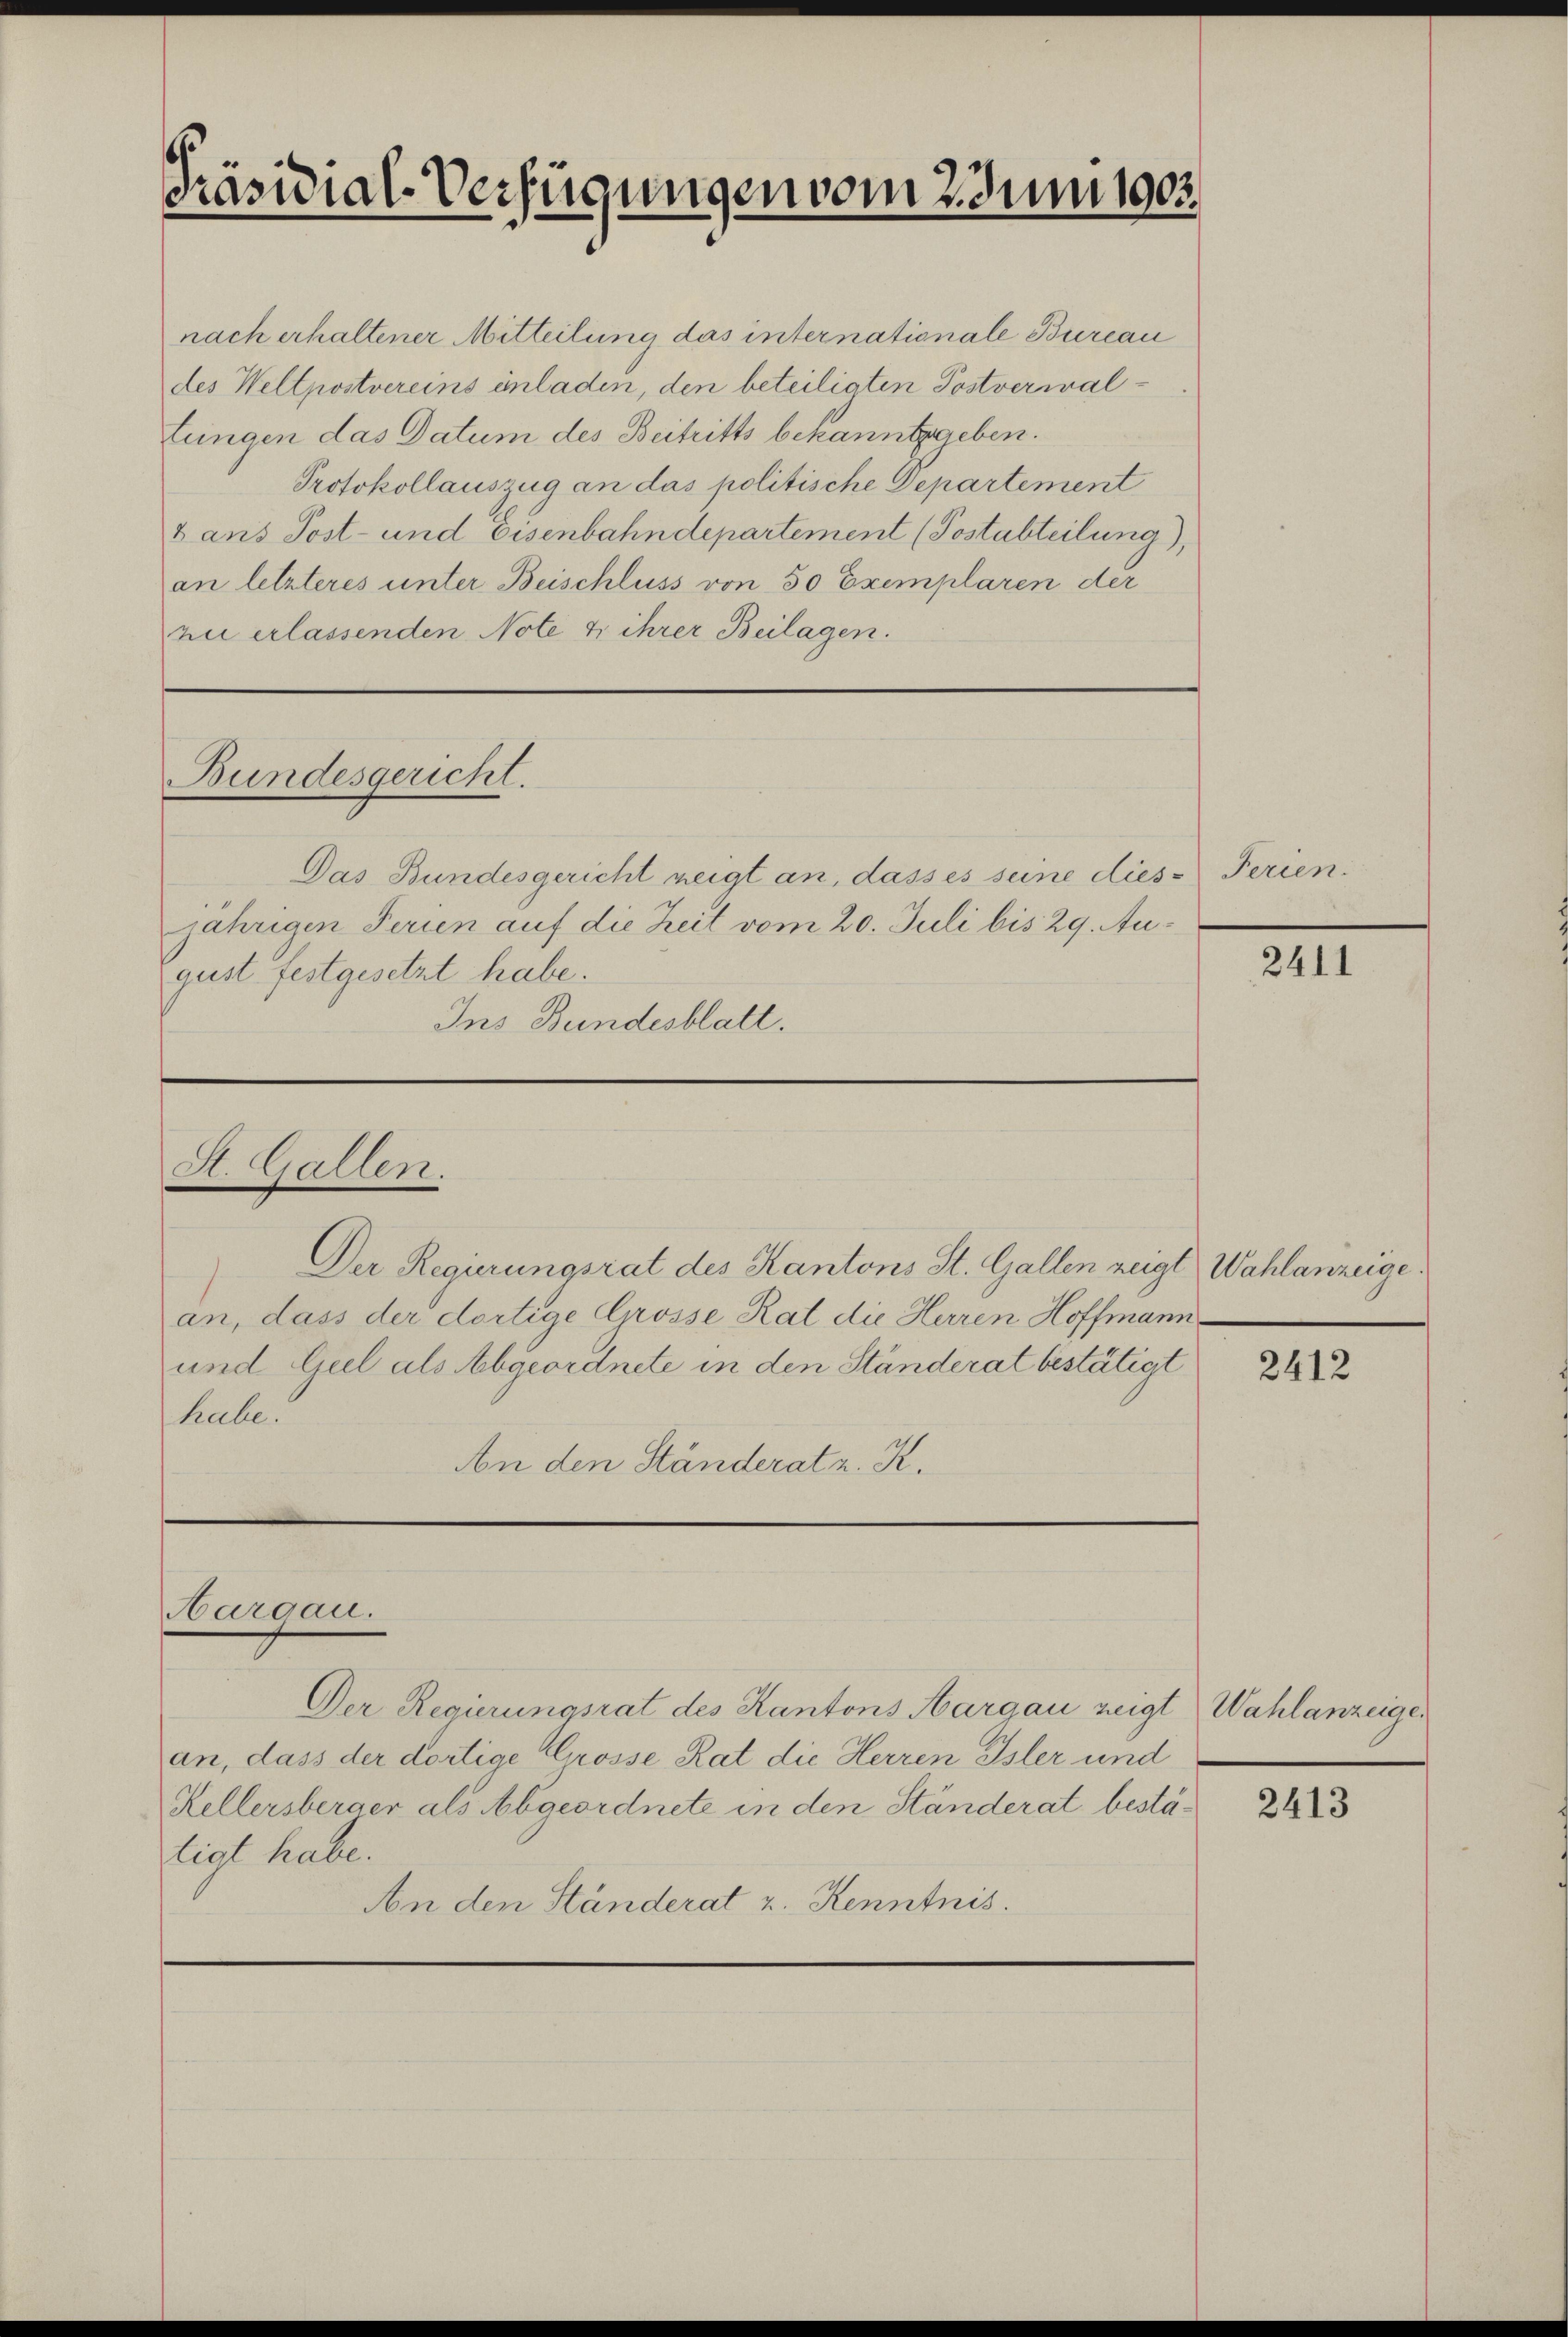
Präsidial-Verfügungen vom 2. Juni 1903

Bundesgericht.

St. Gallen.

Aargau.

nach erhaltener Mitteilung das internationale Bureau
des Weltpostvereins inladen, den beteiligten Postverwaltungen das Datum des Beitritts bekanntgegeben.
Protokollauszug an das politische Departement
x ans Post- und Eisenbahndepartement (Postabteilung),
an letzteres unter Beischluss von 50 Exemplaren der
zu erlassenden Note u ihrer Beilagen.

Das Bundesgericht neigt an, dass es seine diese Ferien.
jährigen Ferien auf die Zeit vom 20. Juli bis 29. August festgesetzt habe.
Ins Bundesblatt.

Der Regierungsrat des Kantons St. Gallen zeigt Wahlanzeige
an, dass der dortige Grosse Rat die Herren Hoffmann
und Guel als Abgeordnete in den Ständerat bestätigt
habe.
An den Ständerat z. K.

Der Regierungsrat des Kantons Aargau zeigt Wahlanzeiger
an, dass der dortige Grosse Rat die Herren Isler und
Kellersberger als Abgeordnete in den Ständerat bestätigt habe.
An den Ständerat u. Kenntnis.

2411

2412

2413